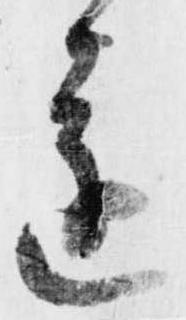
遂